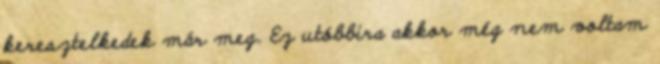
keresztelkedek már meg. Ez utóbbira akkor még nem voltam